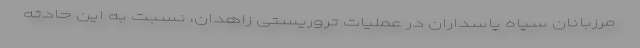
مرزبانان سپاه پاسداران در عملیات تروریستی زاهدان، نسبت به این حادثه